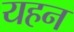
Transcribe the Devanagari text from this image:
यहन